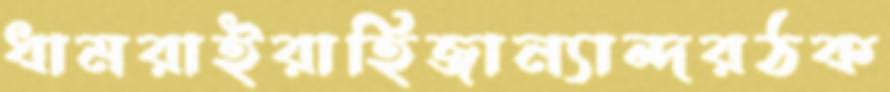
ধামরাইরাহিজান্যান্দরঠক